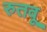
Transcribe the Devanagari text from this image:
रुतवू